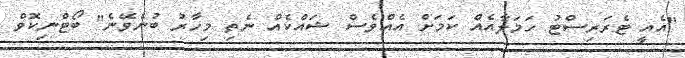
"އެއީ ޓެރަރިސްޓު ހަމަލާއެއް ކަމަށް އެއްވެސް ޝައްކެއް ނެތި މިހާރު ބުނެވޭނެ" ބޯޓްނިކޮވް